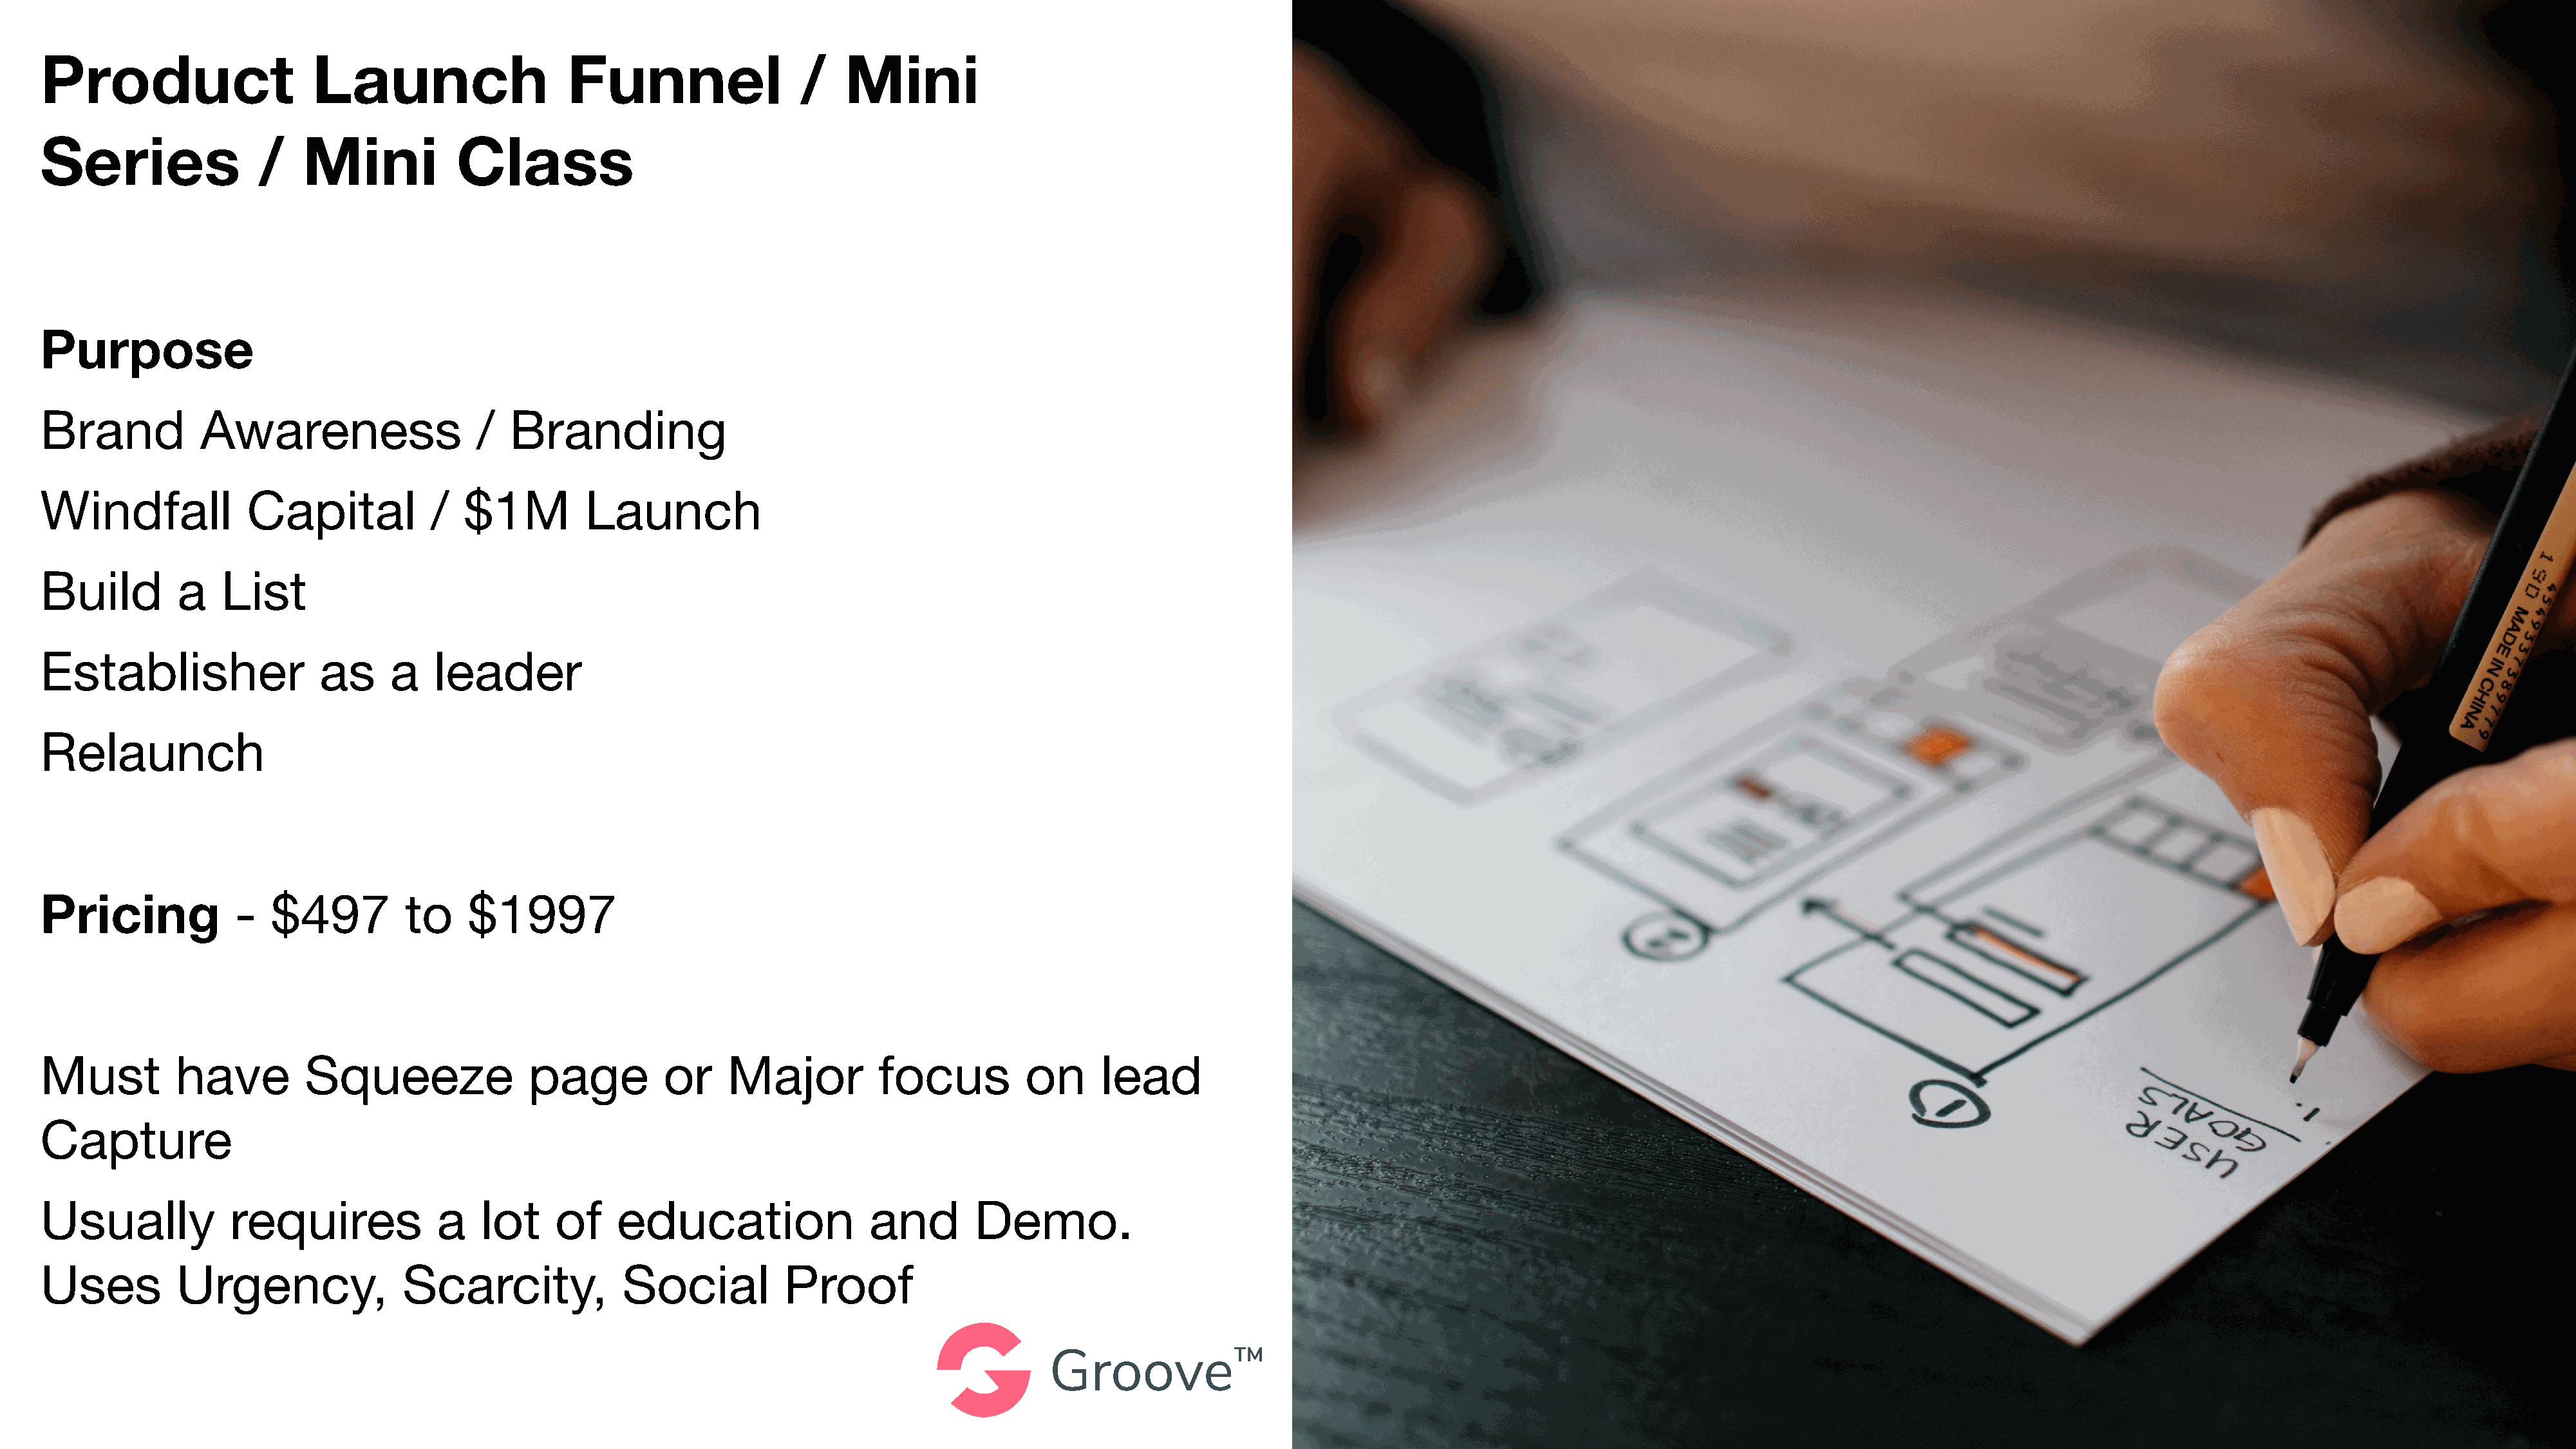
Product                     Launch                    Funnel                  /    Mini
 Series                 /   Mini            Class
 Purpose
 Brand            Awareness                   /  Branding
 Windfall             Capital            /   $1M         Launch
 Build         a    List
 Establisher                  as     a    leader
 Relaunch
 Pricing             -   $497          to    $1997
 Must          have         Squeeze                page          or     Major          focus          on      lead
 Capture
 Usually             requires             a   lot     of    education                 and        Demo.
 Uses          Urgency,               Scarcity,              Social           Proof